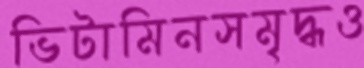
ভিটামিনসমৃদ্ধও